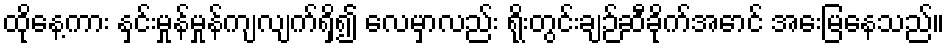
ထိုနေ့ကား နှင်းမှုန်မှုန်ကျလျက်ရှိ၍ လေမှာလည်း ရိုးတွင်းချဉ်ဆီခိုက်အောင် အေးမြနေသည်။